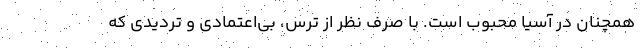
همچنان در آسیا محبوب است. با صرف نظر از ترس، بی‌اعتمادی و تردیدی که